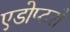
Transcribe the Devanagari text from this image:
एडोप्टरों